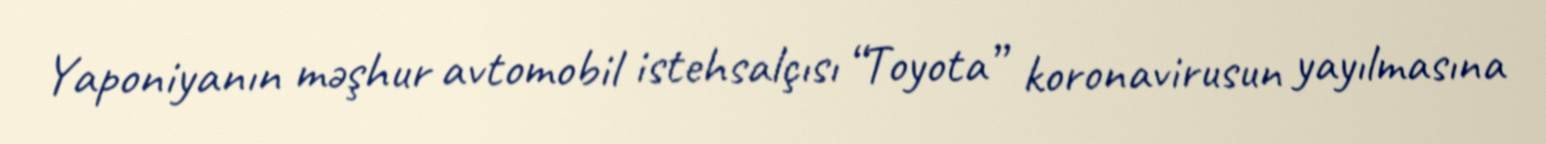
Yaponiyanın məşhur avtomobil istehsalçısı “Toyota” koronavirusun yayılmasına